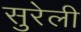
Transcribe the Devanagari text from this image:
सुरेली